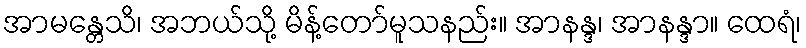
အာမန္တေသိ၊ အဘယ်သို့ မိန့်တော်မူသနည်း။ အာနန္ဒ၊ အာနန္ဒာ။ ထေရံ၊